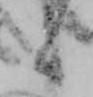
候